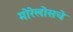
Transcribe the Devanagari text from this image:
मोरेलोसचे